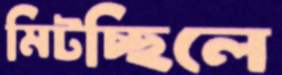
মিটচ্ছিলে